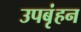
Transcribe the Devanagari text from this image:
उपबृंहन